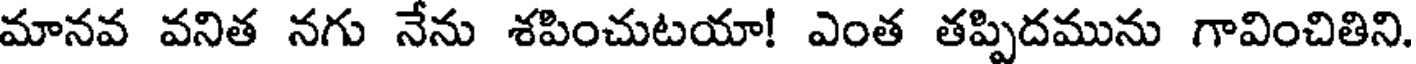
మానవ వనిత నగు నేను శపించుటయా! ఎంత తప్పిదమును గావించితిని